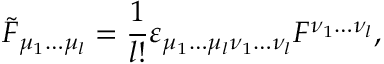
\tilde { F } _ { \mu _ { 1 } \ldots \mu _ { l } } = { \frac { 1 } { l ! } } \varepsilon _ { \mu _ { 1 } \ldots \mu _ { l } \nu _ { 1 } \ldots \nu _ { l } } F ^ { \nu _ { 1 } \ldots \nu _ { l } } ,